Document type: Sale
Year: 1354
Scribe: Bernat de Torre
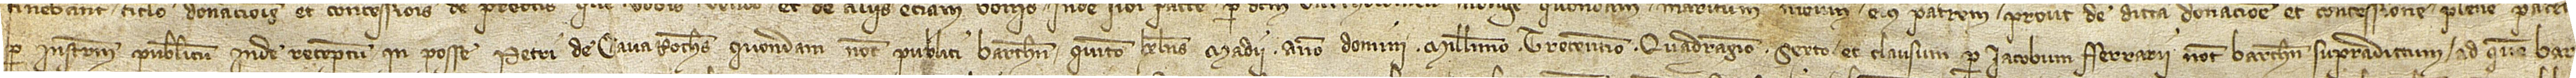
per instrumentum publicum inde receptum in posse Petri de Cavaroches, quondam, notarii publici Barchinone, quinto kalendas madii, anno Domini millesimo trecentesimo quadragesimo sexto, et clausum per Iacobum Ferrarii, notarium Barchinone supradictum, ad quem Bar-